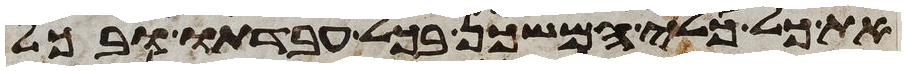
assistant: את כל כלי המשכן בכל עבדתו ובכל